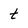
Character: t